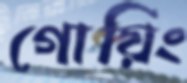
গোয়িং